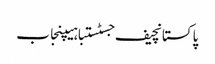
پاکستانچیف جسٹستباہیپنجاب